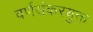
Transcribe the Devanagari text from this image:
वर्णसंकरयुक्त